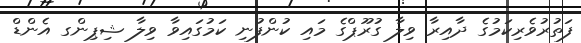
ފަތުރުވެރިކަމުގެ ދާއިރާ ވިލާ ގުރޫޕްގެ މައި ކުންފުނި ކަމުގައިވާ ވިލާ ޝިޕިންގ އެންޑް